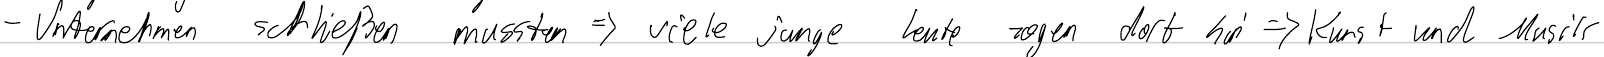
- Unternehmen schließen mussten => viele junge Leute zogen dort hin => Kunst und Musik